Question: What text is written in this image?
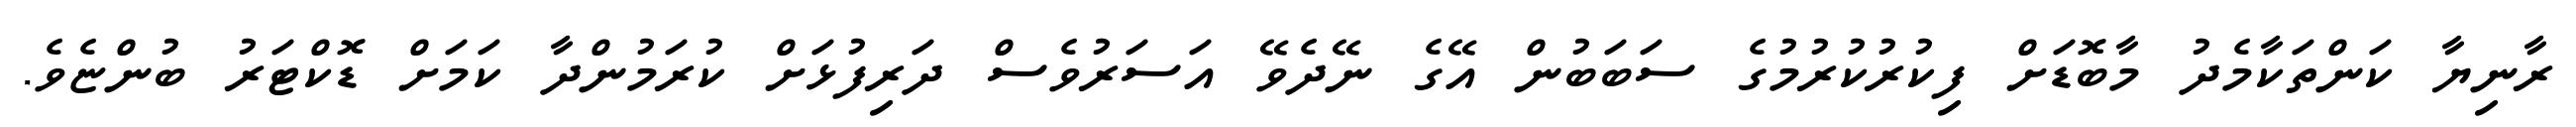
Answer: ރާނިޔާ ކަންތަކާމެދު މާބޮޑަށް ފިކުރުކުރުމުގެ ސަބަބުން އޭގެ ނޭދެވޭ އަސަރުވެސް ދަރިފުޅަށް ކުރަމުންދާ ކަމަށް ޑޮކްޓަރު ބުންޏެވެ.